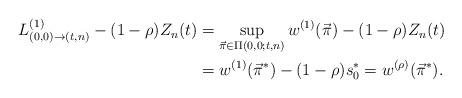
LaTeX: \begin{align*}\begin{aligned} L^{(1)}_{(0,0)\to(t,n)}-(1-\rho)Z_n(t)&=\sup_{\vec{\pi}\in\Pi(0,0;t,n)}w^{(1)}(\vec{\pi})-(1-\rho)Z_n(t)\\ &=w^{(1)}(\vec{\pi}^*)-(1-\rho)s_0^*=w^{(\rho)}(\vec{\pi}^*).\end{aligned}\end{align*}